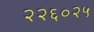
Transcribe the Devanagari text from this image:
२२६०२५